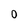
Character: O